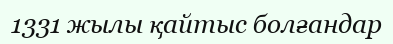
1331 жылы қайтыс болғандар